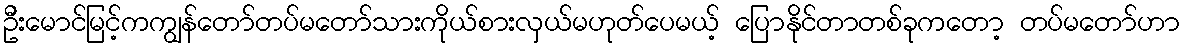
ဦးမောင်မြင့်ကကျွန်တော်တပ်မတော်သားကိုယ်စားလှယ်မဟုတ်ပေမယ့် ပြောနိုင်တာတစ်ခုကတော့ တပ်မတော်ဟာ